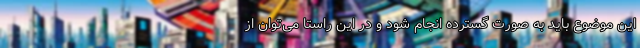
این موضوع باید به صورت گسترده انجام شود و در این راستا می‌توان از